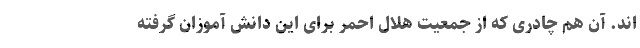
اند. آن هم چادری که از جمعیت هلال احمر برای این دانش آموزان گرفته